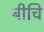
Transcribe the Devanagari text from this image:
बीचि